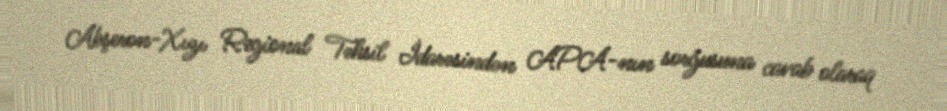
Abşeron-Xızı Regional Təhsil İdarəsindən APA-nın sorğusuna cavab olaraq